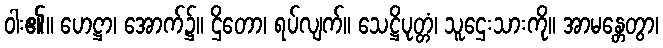
ဝါး၏။ ဟေဋ္ဌာ၊ အောက်၌။ ဌိတော၊ ရပ်လျက်။ သေဋ္ဌိပုတ္တံ၊ သူဌေးသားကို။ အာမန္တေတွာ၊